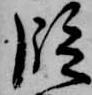
段